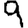
Digit: 9